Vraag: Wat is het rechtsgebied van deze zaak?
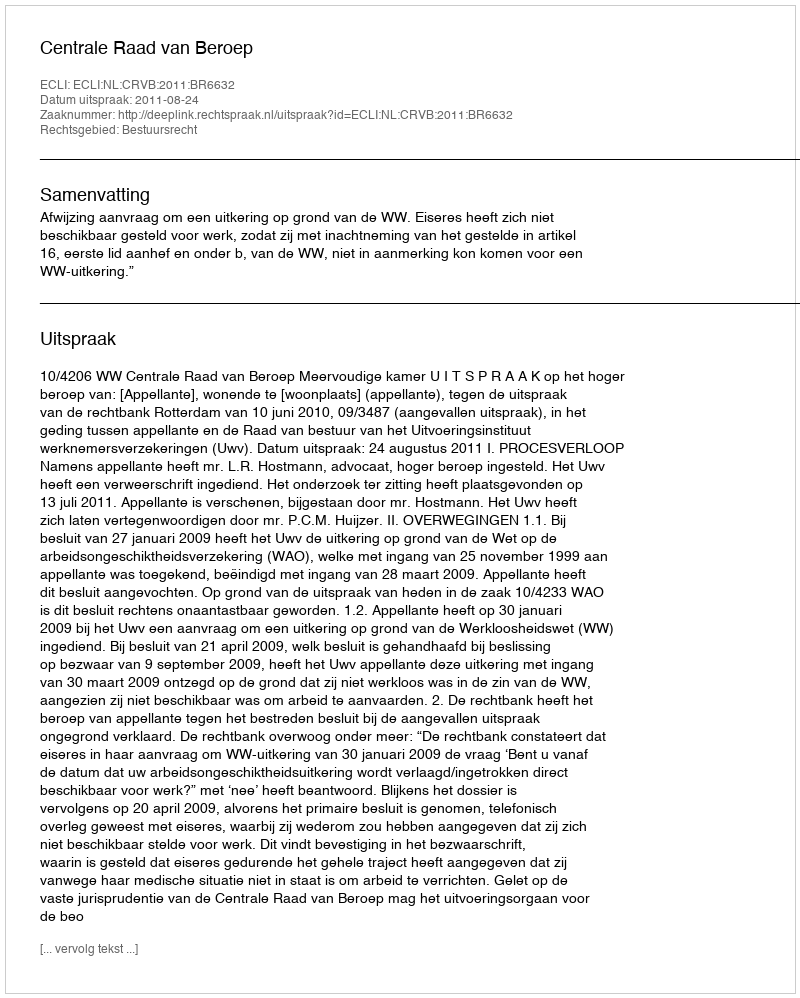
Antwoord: Bestuursrecht